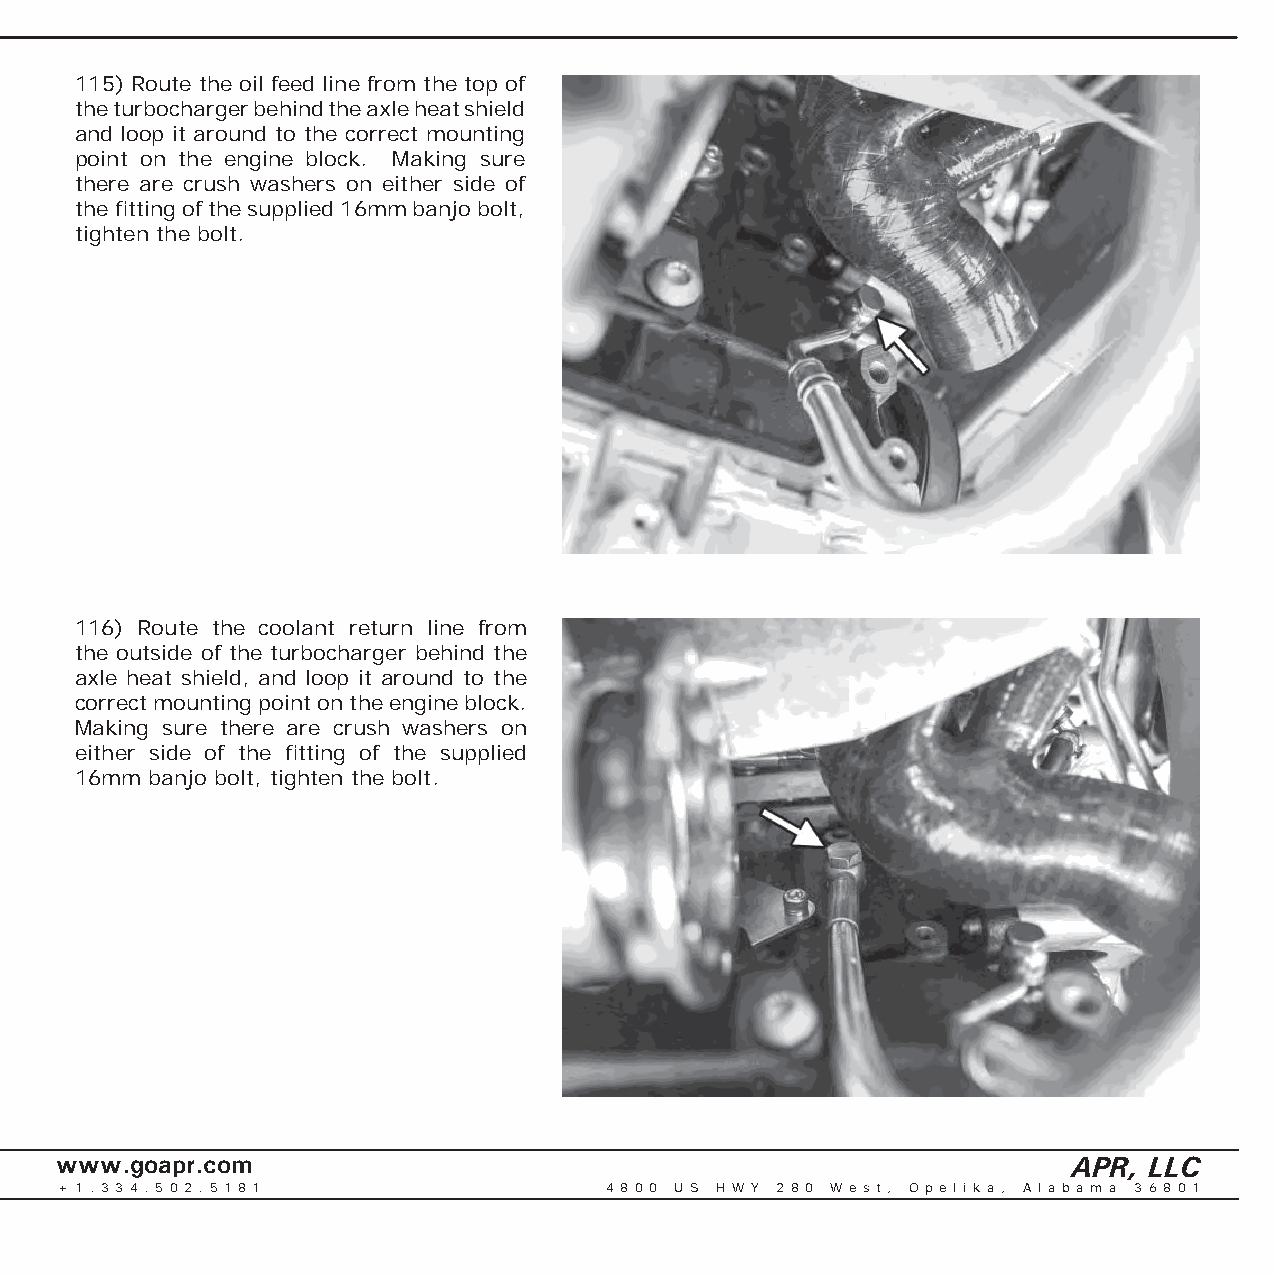
115) Route the oil feed line from the top of
 the turbocharger behind the axle heat shield
 and loop it around to the correct mounting
 point on the engine block. Making sure
 there are crush washers on either side of
 the fi tting of the supplied 16mm banjo bolt,
 tighten the bolt.
 116) Route the coolant return line from
 the outside of the turbocharger behind the
 axle heat shield, and loop it around to the
 correct mounting point on the engine block.
 Making sure there are crush washers on
 either side of the fi tting of the supplied
 16mm banjo bolt, tighten the bolt.
 www.goapr.com                                                      APR, LLC
 + 1 . 3 3 4 . 5 0 2 . 5 1 8 1       4 8 0 0 U S H W Y 2 8 0 We s t , O p e l i k a , A l a b a m a 3 6 8 0 1